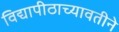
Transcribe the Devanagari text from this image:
विद्यापीठाच्यावतीने